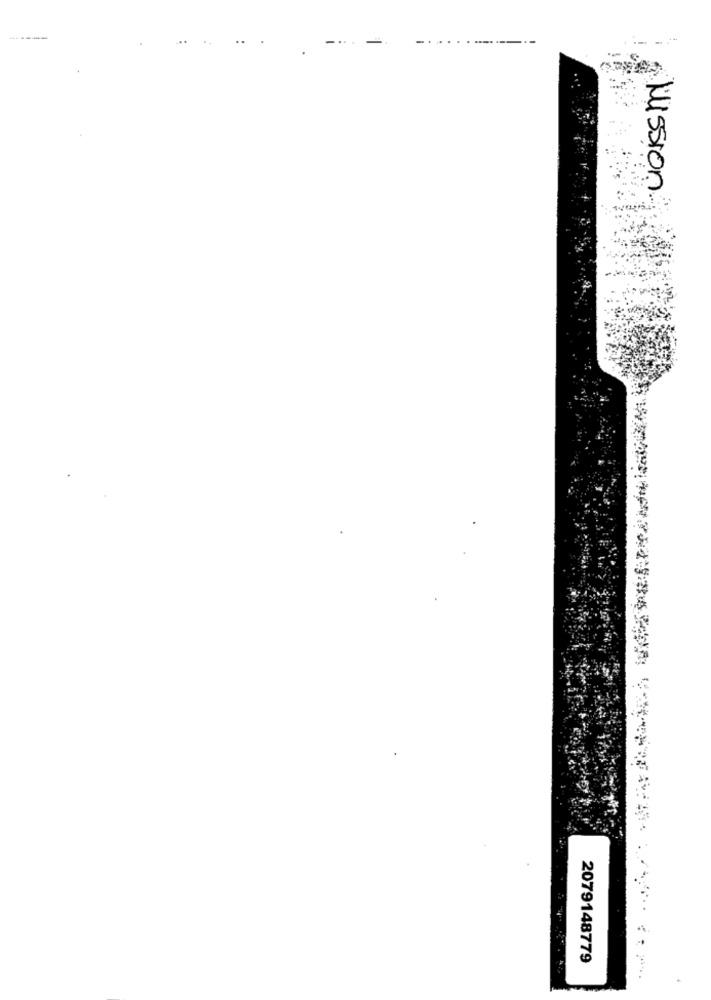
Mission
2079148779